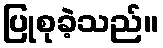
ပြုစုခဲ့သည်။